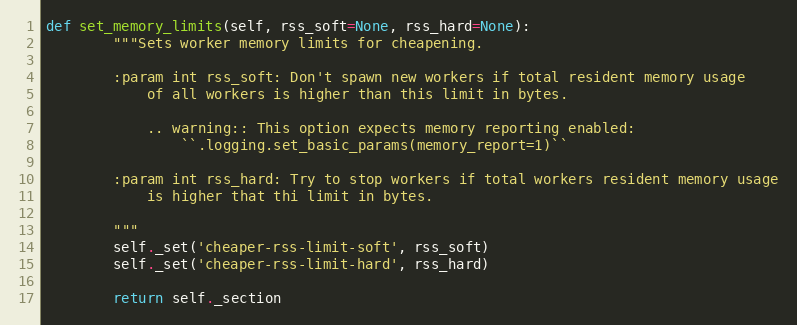
Language: Python
def set_memory_limits(self, rss_soft=None, rss_hard=None):
        """Sets worker memory limits for cheapening.

        :param int rss_soft: Don't spawn new workers if total resident memory usage
            of all workers is higher than this limit in bytes.

            .. warning:: This option expects memory reporting enabled:
                ``.logging.set_basic_params(memory_report=1)``

        :param int rss_hard: Try to stop workers if total workers resident memory usage
            is higher that thi limit in bytes.

        """
        self._set('cheaper-rss-limit-soft', rss_soft)
        self._set('cheaper-rss-limit-hard', rss_hard)

        return self._section